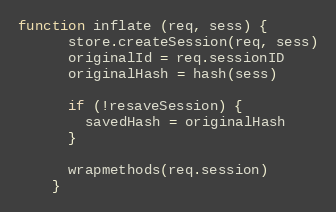
Language: JavaScript
function inflate (req, sess) {
      store.createSession(req, sess)
      originalId = req.sessionID
      originalHash = hash(sess)

      if (!resaveSession) {
        savedHash = originalHash
      }

      wrapmethods(req.session)
    }